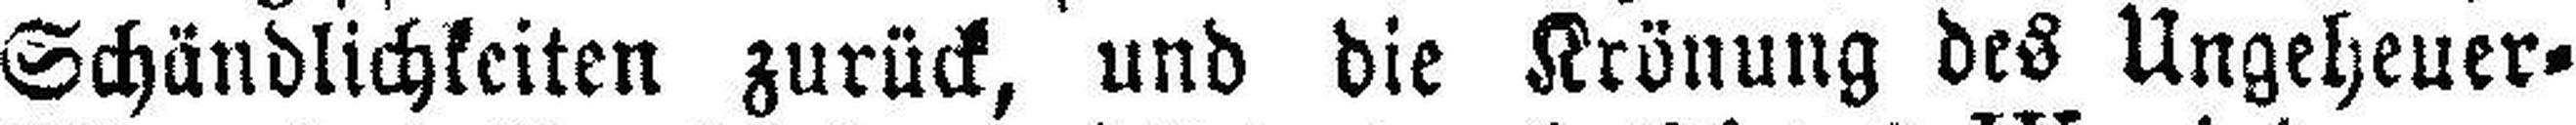
Schändlichkeiten zurück, und die Krönung des Ungeheuer¬